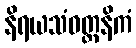
နိရယသံဝတ္တနိကံ